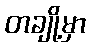
တချို့မှာ